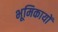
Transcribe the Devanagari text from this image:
भूमिकायों